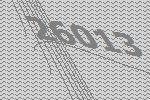
26013